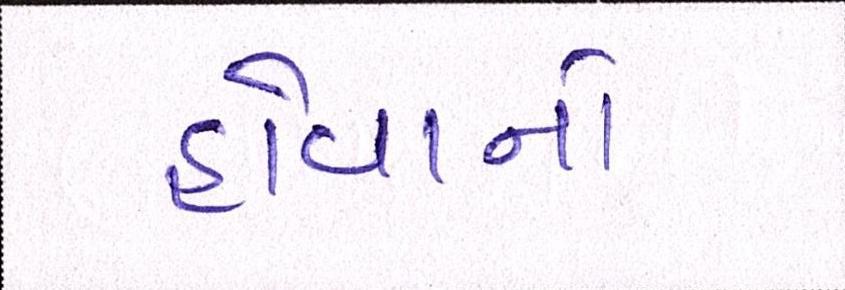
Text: હોવાનો